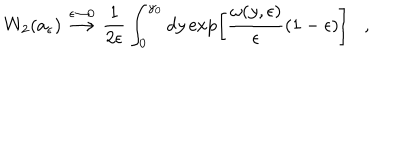
W _ { 2 } ( a _ { \epsilon } ) \stackrel { \epsilon \rightarrow 0 } { \longrightarrow } { \frac { 1 } { 2 \epsilon } } \int _ { 0 } ^ { y _ { 0 } } d y \exp \left[ { \frac { \omega ( y , \epsilon ) } { \epsilon } } ( 1 - \epsilon ) \right] ,